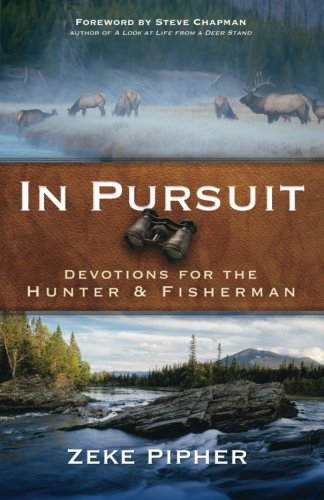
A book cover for In Pursuit: Devotions for the Hunter and Fisherman; Zeke Pipher; Christian Books & Bibles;